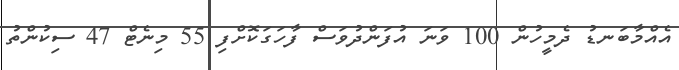
އެއްމާބަނޑު ދެމީހުން 100 ވަނަ އުފަންދުވަސް ފާހަގަކޮށްފި 55 މިނެޓް 47 ސިކުންތު